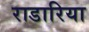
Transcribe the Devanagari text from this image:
राडारिया